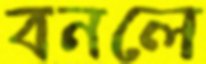
বনলে